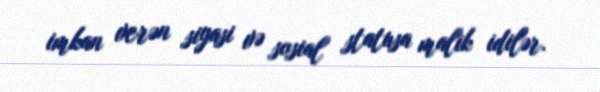
imkan verən siyasi və sosial statusa malik idilər.